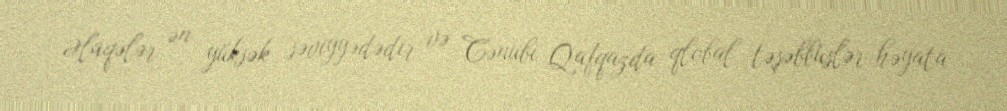
Əlaqələr ən yüksək səviyyədədir və Cənubi Qafqazda qlobal təşəbbüslər həyata